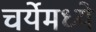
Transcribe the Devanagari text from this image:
चर्येमध्ये